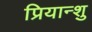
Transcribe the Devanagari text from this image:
प्रियान्शु